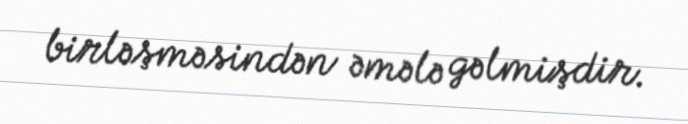
birləşməsindən əmələ gəlmişdir.